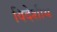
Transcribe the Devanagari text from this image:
विदेशीय